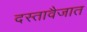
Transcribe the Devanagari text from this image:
दस्तावैजात